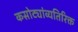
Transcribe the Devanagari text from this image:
कसोट्यांव्यतिरिक्त